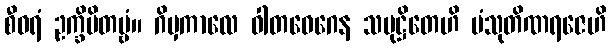
စီဝရံ ဥက္ခိပိတဗ္ဗံ။ ဂိမှကာလေ ဝါတဝေဂေန သမုဋ္ဌိတေဟိ ပံသုတိဏရဇေဟိ